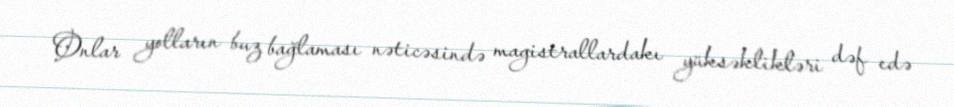
Onlar yolların buz bağlaması nəticəsində magistrallardakı yüksəklikləri dəf edə